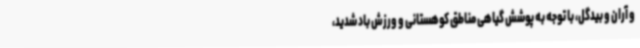
و آران و بیدگل، با توجه به پوشش گیاهی مناطق کوهستانی و ورزش باد شدید،